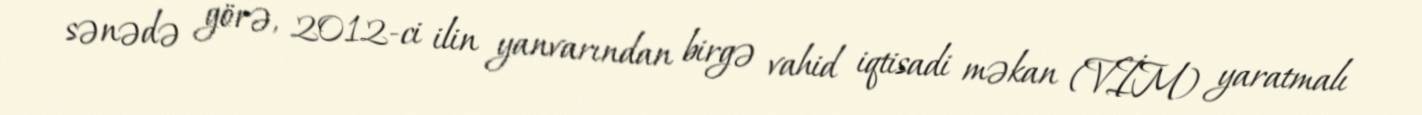
sənədə görə, 2012-ci ilin yanvarından birgə vahid iqtisadi məkan (VİM) yaratmalı